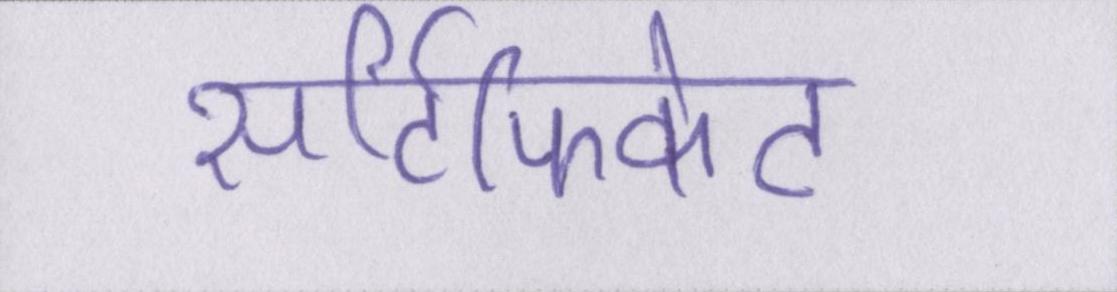
सर्टिफिकेट